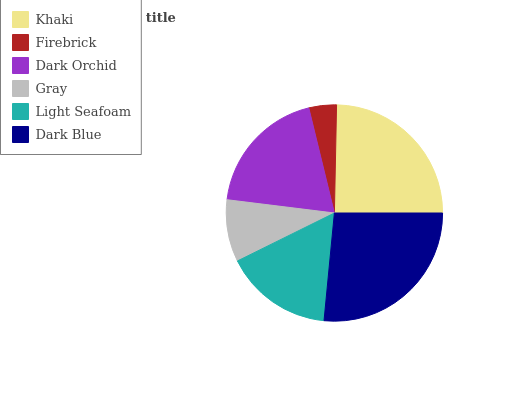
| Khaki | Firebrick | Dark Orchid | Gray | Light Seafoam | Dark Blue |
 | --- | --- | --- | --- | --- | --- |
 | 24.6% | 4.12% | 19.2% | 9.25% | 16.2% | 26.5% |